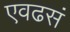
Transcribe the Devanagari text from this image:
एवढसं